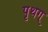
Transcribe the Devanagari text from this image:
पृथग्